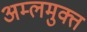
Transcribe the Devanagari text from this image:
अम्लमुक्त